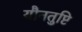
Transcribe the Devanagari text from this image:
यौनतुष्टि